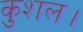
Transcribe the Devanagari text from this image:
कुशल।